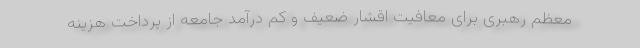
معظم رهبری برای معافیت اقشار ضعیف و کم درآمد جامعه از پرداخت هزینه